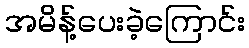
အမိန့်ပေးခဲ့ကြောင်း